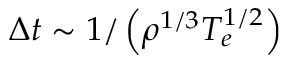
\Delta { t } \sim 1 / \left( \rho ^ { 1 / 3 } T _ { e } ^ { 1 / 2 } \right)